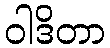
ဝါဒိတာ